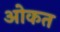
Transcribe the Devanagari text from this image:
ओकत